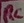
Text: RC